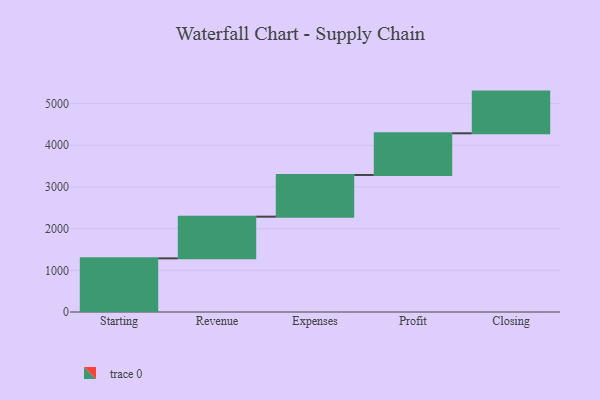
{"axis": {"x": "Step", "y": "Value"}, "legend": [""], "data": [{"x": "Starting", "y": 1287.0, "type": ""}, {"x": "Revenue", "y": 1000, "type": ""}, {"x": "Expenses", "y": 1000, "type": ""}, {"x": "Profit", "y": 1000, "type": ""}, {"x": "Closing", "y": 1000, "type": ""}]}